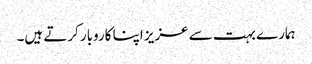
ہمارے بہت سے عزیز اپنا کاروبار کرتے ہیں۔